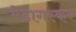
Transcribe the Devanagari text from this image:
मेडागस्कर